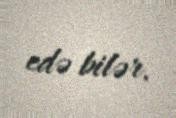
edə bilər.